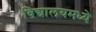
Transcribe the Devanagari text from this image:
विद्यालयमध्ये